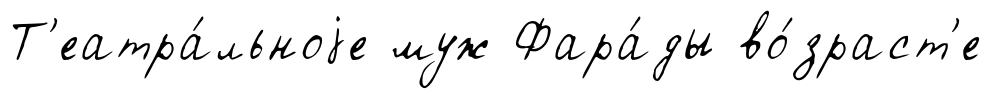
Т'еатра́льноjе муж Фара́ды во́зраст'е